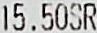
15.50SR